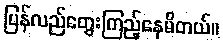
ပြန်လည်တွေးကြည့်နေမိတယ်။